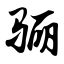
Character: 骊